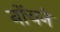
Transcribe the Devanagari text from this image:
नोंचने